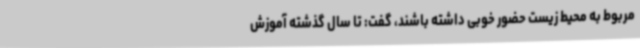
مربوط به محیط زیست حضور خوبی داشته باشند، گفت: تا سال گذشته آموزش